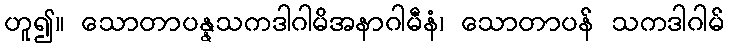
ဟူ၍။ သောတာပန္နသကဒါဂါမိအနာဂါမီနံ၊ သောတာပန် သကဒါဂါမ်